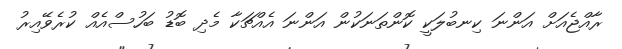
ރާއްޖެއަށް އަންނަ ކިނބުލަކީ ކޮންތަނަކުން އަންނަ އެއްޗަކާ މެދި ބޮޑު ބަހުސްއެއް ކުރެވޭއިރު